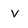
Character: v